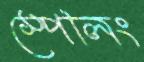
স্পেলিং